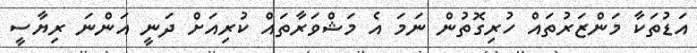
އަޑުތަކާ މަންޒަރުތައް ހުރިގޮތުން ނަމަ އެ މަޝްވަރާތައް ކުރިއަށް ދަނީ އަންނަ ރިޔާސީ